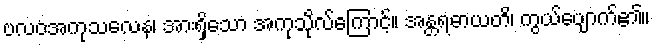
ဗလဝအကုသလေန၊ အားရှိသော အကုသိုလ်ကြောင့်။ အန္တရဓာယတိ၊ ကွယ်ပျောက်၏။